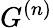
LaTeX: G^{(n)}